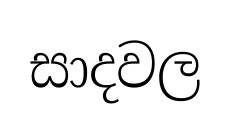
සාදවල